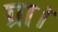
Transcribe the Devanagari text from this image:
ग्रा।